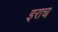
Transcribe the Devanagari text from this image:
इराच